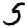
Digit: 5